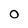
Character: 0